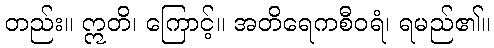
တည်း။ ဣတိ၊ ကြောင့်။ အတိရေကစီဝရံ၊ ရမည်၏။